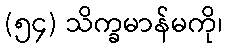
(၅၄) သိက္ခမာန်မကို၊